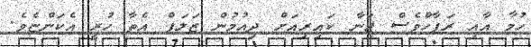
ހުމާ އާއި ރަފާހްވެސް ޖަނާ ކައިރިއަށް ދިއުމުން ޒަލަފް އެތާ ހުރީ އެކަންޏެވެ.